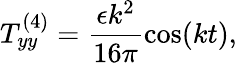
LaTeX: T_{yy}^{(4)}=\frac{\epsilon k^{2}}{16\pi}\cos(kt),